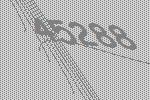
45288